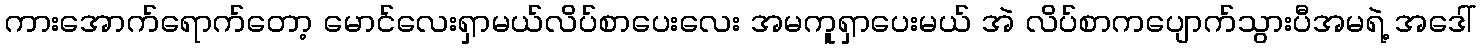
ကားအောက်ရောက်တော့ မောင်လေးရှာမယ်လိပ်စာပေးလေး အမကူရှာပေးမယ် အဲ လိပ်စာကပျောက်သွားပီအမရဲ့ အဒေါ်